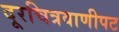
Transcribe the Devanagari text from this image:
दूरचित्रवाणीपट